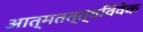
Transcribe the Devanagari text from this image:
आत्मतत्त्वविवेक